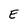
Character: E